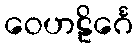
ဝေဟဠိင်္ဂေ